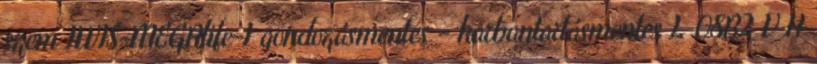
szem IWIS-MEGAlife-I gondozásmentes - karbantartásmentes L 08B2 V H